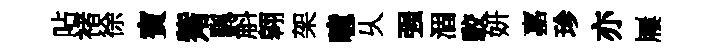
呫褚徐賓觜颿斛翱架噫乆强涸駮妍嘉珍亦屨